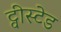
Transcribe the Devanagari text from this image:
ट्वीस्टेड